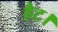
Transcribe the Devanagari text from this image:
हैट।